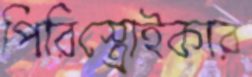
পিরিস্ত্রোইকার